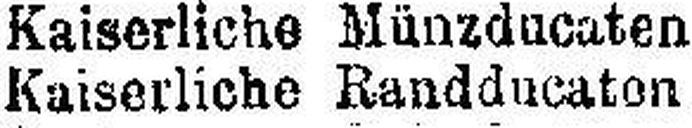
Kaiserliche Randducaton